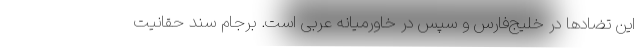
این تضادها در خلیج‌فارس و سپس در خاورمیانه عربی است. برجام سند حقانیت